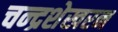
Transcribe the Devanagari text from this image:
चन्‍द्रशेखरन